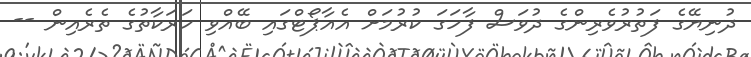
ދުނިޔޭގެ ފަތުރުވެރިންގެ ދުވަސް ފާހަގަ ކުރުމަށް އެއާޕޯޓްގައި ބޭއްވި ހަރަކާތުގެ ތެރެއިން --